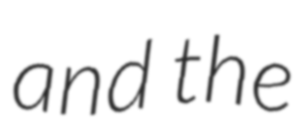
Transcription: and the